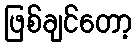
ဖြစ်ချင်တော့